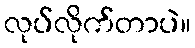
လုပ်လိုက်တာပဲ။